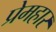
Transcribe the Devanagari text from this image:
प्रेमहार